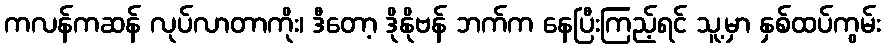
ကလန်ကဆန် လုပ်လာတာကိုး၊ ဒီတော့ ဒိုနိုဗန် ဘက်က နေပြီးကြည့်ရင် သူ့မှာ နှစ်ထပ်ကွမ်း